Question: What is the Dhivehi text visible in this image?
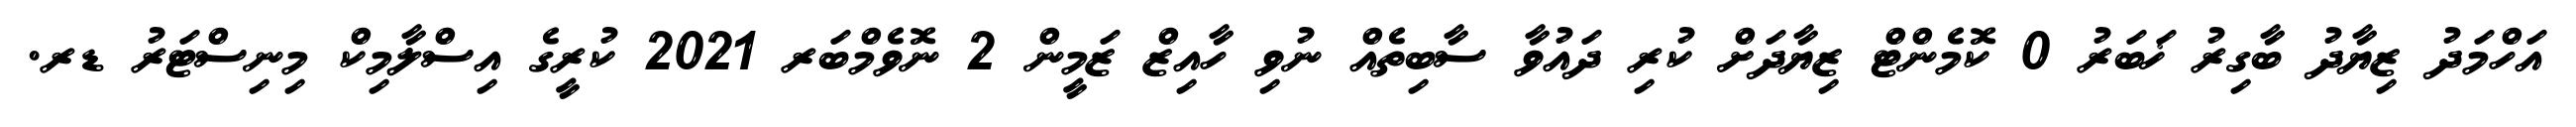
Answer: އަހްމަދު ޒިޔާދު ބާގިރު ޚަބަރު 0 ކޮމެންޓް ޒިޔާދަށް ކުރި ދައުވާ ސާބިތެއް ނުވި ހާއިޒް ޒަމީން 2 ނޮވެމްބަރ 2021 ކުރީގެ އިސްލާމިކް މިނިސްޓަރު ޑރ.